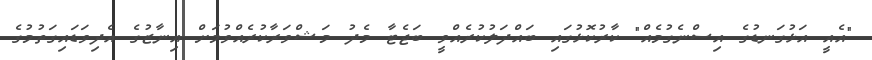
"އެއީ އަޅުގަނޑުގެ އިސްނެގުމެއް" ކާރުކޮޅުގައި ބައްދަލުކުރެއްވީ ބަޖެޓާ މެދު މަޝްވަރާކުރެއްވުމަށް އިނާޒުގެ އެދިވަޑައިގަތުމުގެ